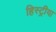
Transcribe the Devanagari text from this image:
हिस्ट्रीया